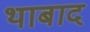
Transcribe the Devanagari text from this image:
थाबाद